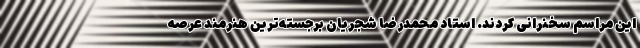
این مراسم سخنرانی کردند. استاد محمدرضا شجریان برجسته‌ترین هنرمند عرصه